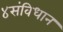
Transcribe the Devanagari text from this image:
४संविधान